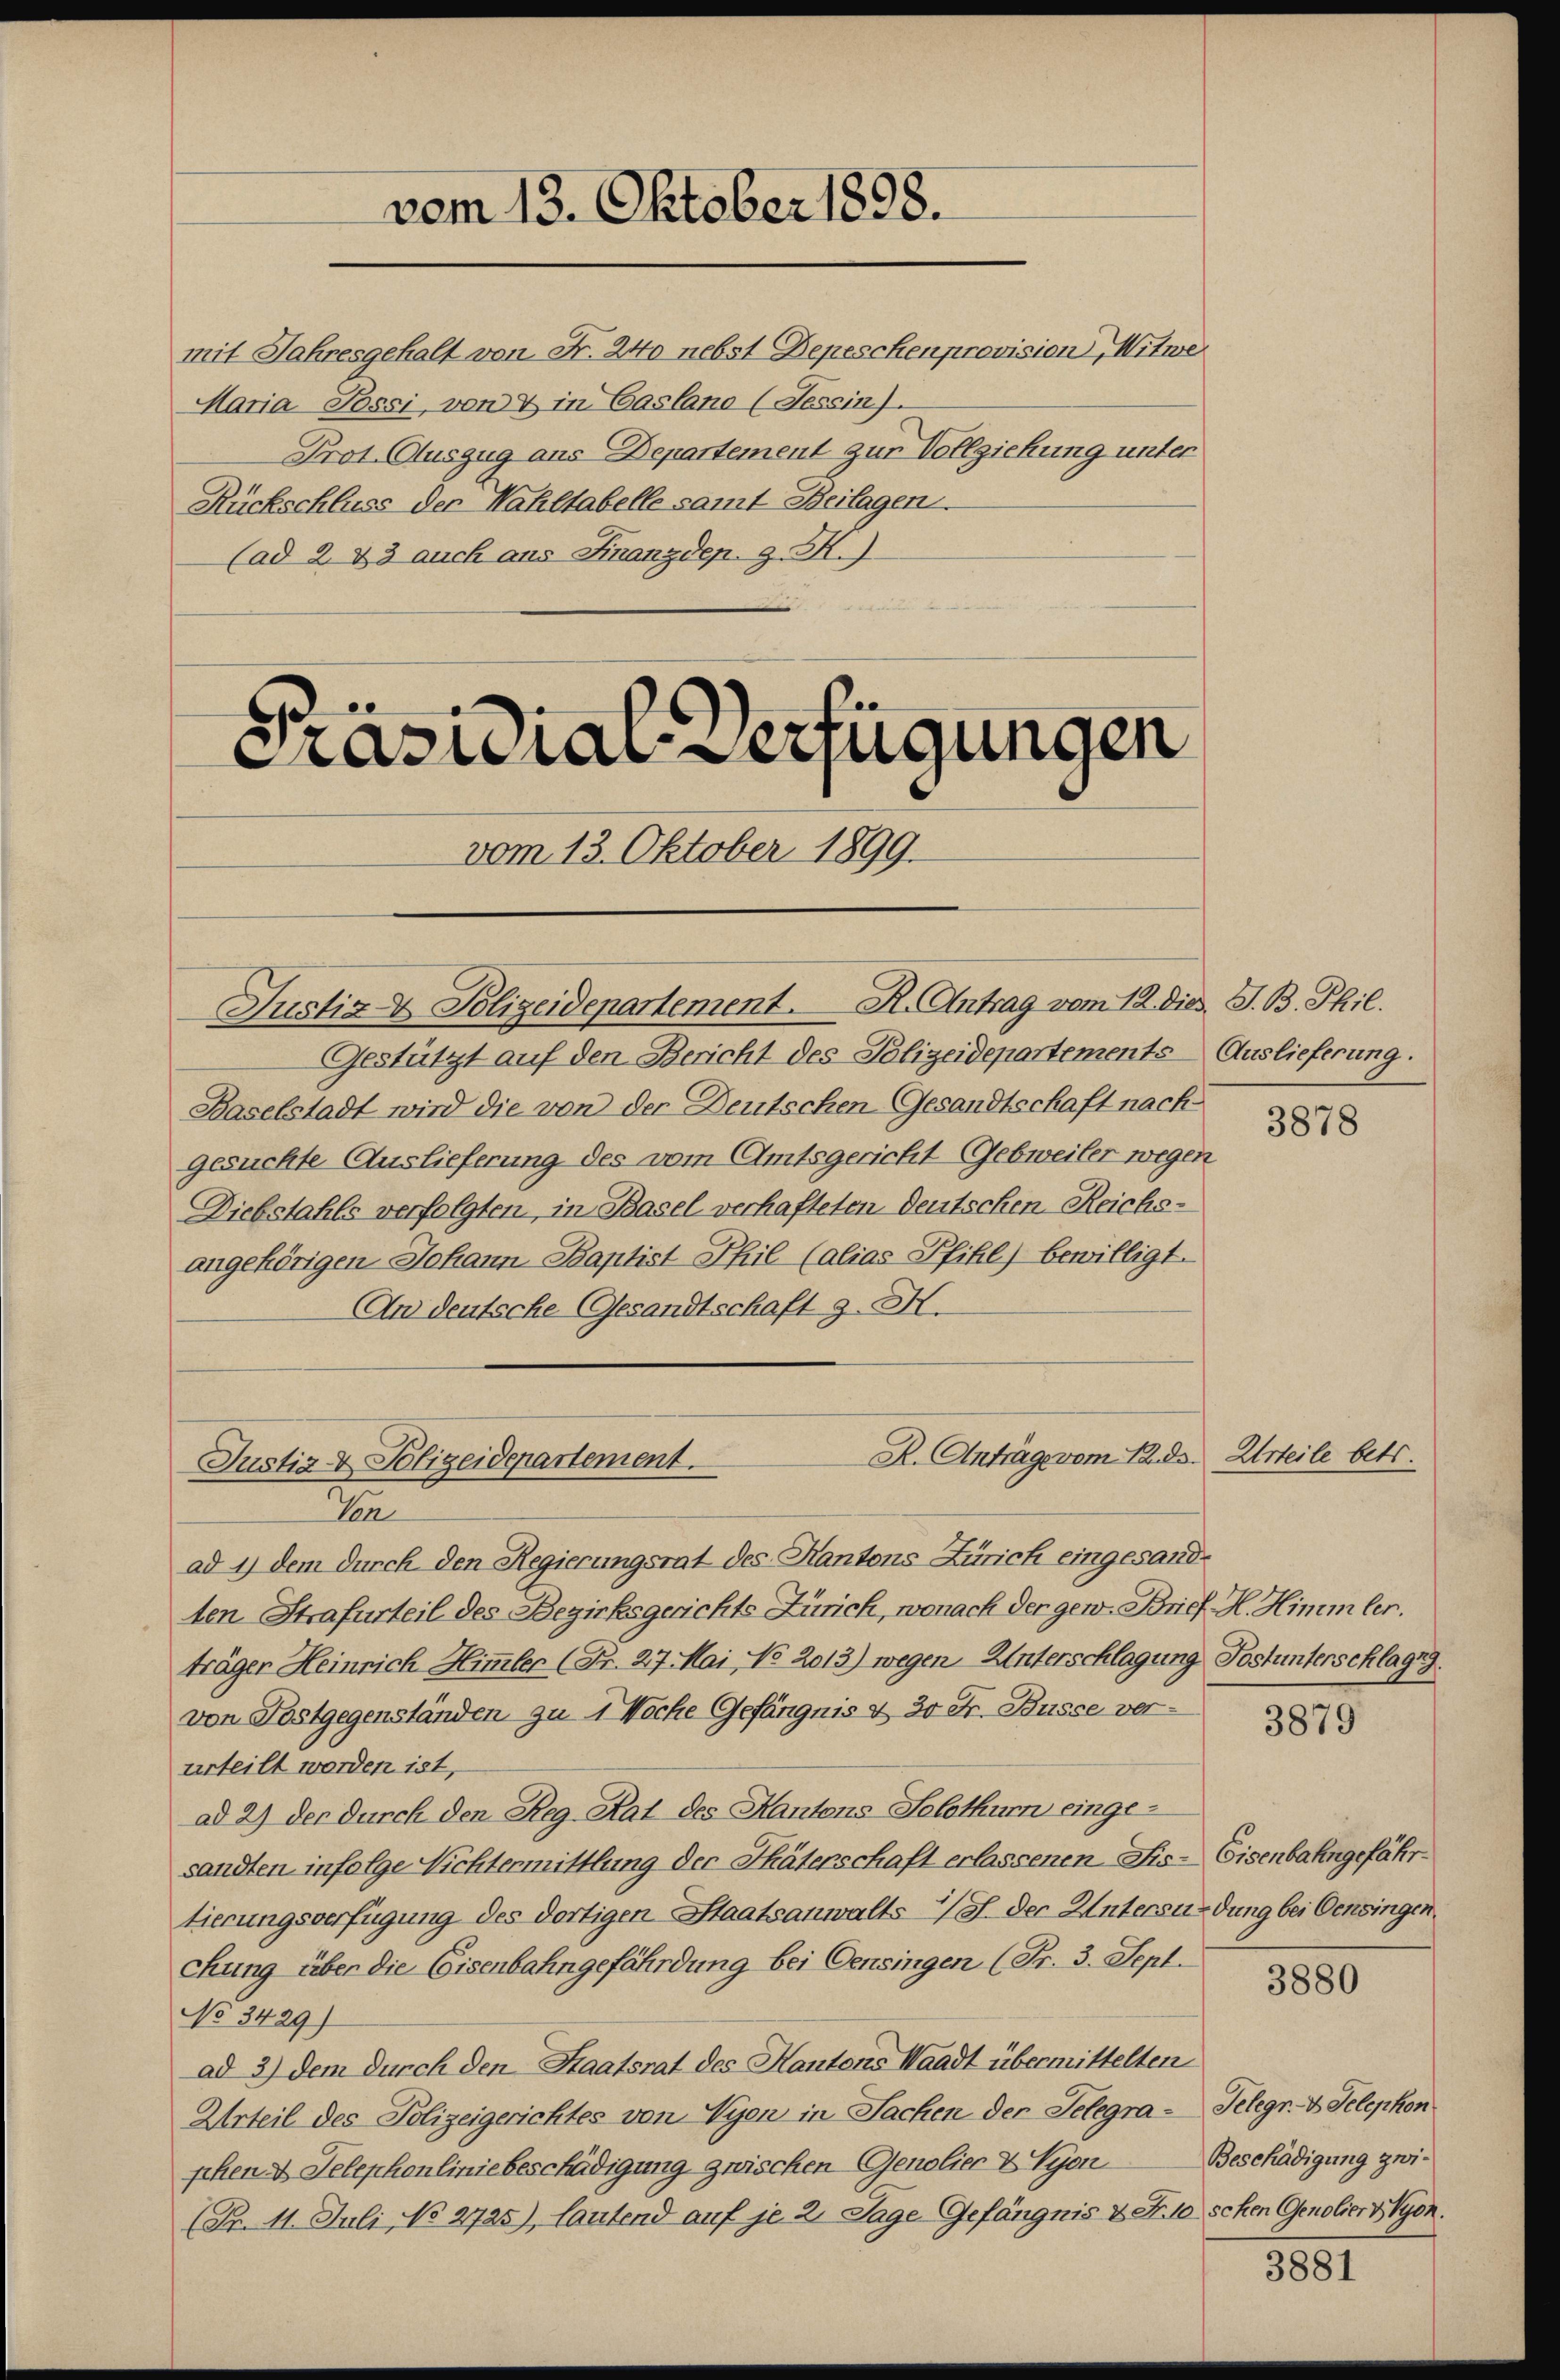
mit Jahresgehalt von Fr. 240 nebst Depeschen provision, Witwe
Maria Possi, von & in Casland (Tessin.
Prot. Auszug aus Departement zur Vollziehung unter
Rückschluss der Wahltabelle samt Beilagen.
(ad 2. 33 auch aus Finanzdep. z. B.

Präsidial-Verfügungen
vom 13. Oktober 1899.

Justiz- & Polizeidepartement. R. Antrag vom 12. dies. S. B. Phil.

vom 13. Oktober 1898.

Gestützt auf den Bericht des Polizeidepartements Auslieferung.
Baselstadt wird die von der Deutschen Gesandtschaft nach
gesuchte Auslieferung des vom Amtsgericht GGebweiler wegen
Diebstahls verfolgten, in Basel verhafteten Deutschen Reichs-
angehörigen Johann Baptist Thil (alias Pfihl) bewilligt.
An deutsche Gesandtschaft z. H.

R. Anträge vom 12. ds.
Justiz & Polizeidepartement.

In
ad 1) dem durch den Regierungsrat des Kantons Zürich eingesandten Strafurteil des Bezirksgerichts Zürich, wonach der gew. Brief. H. Himmler.
träger Heinrich Himmler (Fr. 27. Mai No 2013) wegen Unterschlagung Postunterschlag g
von Postgegenständen zu 1 Woche Gefängnis u. 30 Fr. Busse verurteilt worden ist,
ad 2) der durch den Reg. Rat des Kantons Solothurn eingesandten infolge Nichtermittlung der Thäterschaft erlassenen Fis-Eisenbahngefährtierungsverfügung des dortigen Staatsanwalts. der Untersundung bei Oensingen
chung über die Eisenbahngefährdung bei Oensingen (Fr. 3. Sept.
No 3429)
ad 3) dem durch den Staatsrat des Kantons Waadt übermittelten
Urteil des Polizeigerichtes von Nyen in Sachen der Telegra-Telegr. B. Telephon
phen Telephonlinie beschädigung zwischen Genolier & Vyon
(Nr. 11. Juli No 2725), lautend auf je 2. Tage Gefängnis & S. 10 schen Genolier VVyon.

3878

Urteile betr.

3879

3880

3881

Beschädigung zwi¬